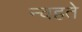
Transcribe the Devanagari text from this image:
न्वहते